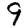
Digit: 9